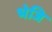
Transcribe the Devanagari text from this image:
भेजि